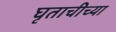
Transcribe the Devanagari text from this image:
घृताचीच्या